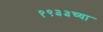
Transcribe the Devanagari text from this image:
१९३३च्या